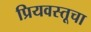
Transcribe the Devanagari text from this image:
प्रियवस्तूचा